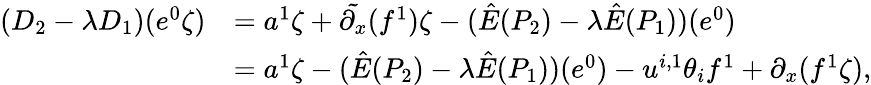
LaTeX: \begin{array}{rl}{(D_{2}-\lambda D_{1})(e^{0}\zeta)}&{=a^{1}\zeta+\tilde{{\partial}_{x}}(f^{1})\zeta-(\hat{E}(P_{2})-\lambda\hat{E}(P_{1}))(e^{0})}\\ &{=a^{1}\zeta-(\hat{E}(P_{2})-\lambda\hat{E}(P_{1}))(e^{0})-u^{i,1}\theta_{i}f^{1}+{\partial}_{x}(f^{1}\zeta),}\end{array}